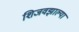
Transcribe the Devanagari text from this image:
शिजवझाल्या